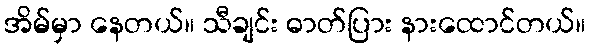
အိမ်မှာ နေတယ်။ သီချင်း ဓာတ်ပြား နားထောင်တယ်။